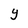
Character: Y